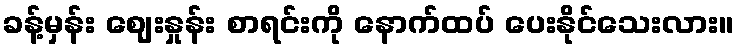
ခန့်မှန်း ဈေးနှုန်း စာရင်းကို နောက်ထပ် ပေးနိုင်သေးလား။